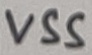
Text: VSS